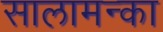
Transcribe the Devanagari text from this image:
सालामन्का